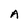
Character: A